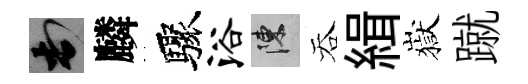
頓麟驟浴陳吞緝嶽蹴